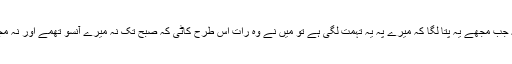
کہتی تھیں کہ جب مجھے یہ پتا لگا کہ میرے پہ یہ تہمت لگی ہے تو مَیں نے وہ رات اس طرح کاٹی کہ صبح تک نہ میرے آنسو تھمے اور نہ مجھے نیند آئی۔